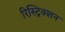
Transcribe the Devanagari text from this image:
रिस्ट्रिक्शन